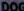
DOG